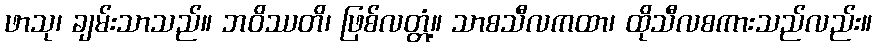
ဖာသု၊ ချမ်းသာသည်။ ဘဝိဿတိ၊ ဖြစ်လတ္တံ့။ သာစသီလကထာ၊ ထိုသီလစကားသည်လည်း။